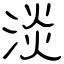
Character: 淡